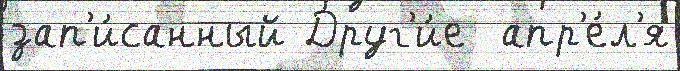
зап'и́санный Друг'и́е  апр'е́л'я